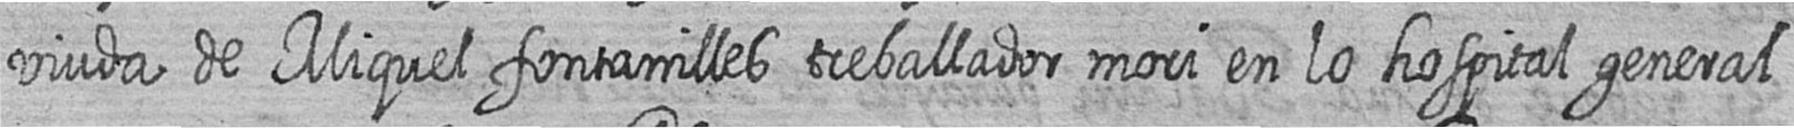
viuda de Miquel fontanilles treballador mori en lo hospital general